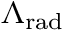
\Lambda _ { \mathrm { r a d } }